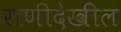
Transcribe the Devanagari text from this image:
राणीदेखील